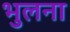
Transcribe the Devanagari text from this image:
भुलना